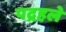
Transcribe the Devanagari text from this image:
पद्रहले